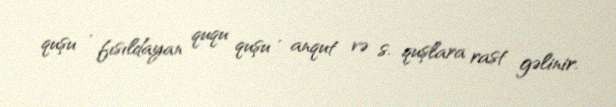
quşu , fısıldayan ququ quşu , anqut və s. quşlara rast gəlinir.